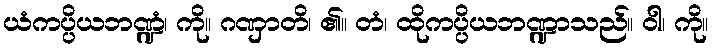
ယံကပ္ပိယဘဏ္ဍံ၊ ကို။ ဂဏှာတိ၊ ၏။ တံ၊ ထိုကပ္ပိယဘဏ္ဍာသည်။ ဝါ၊ ကို။